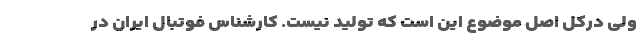
ولی درکل اصل موضوع این است که تولید نیست. کارشناس فوتبال ایران در